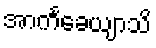
အာကင်္ခေယျာသိ